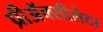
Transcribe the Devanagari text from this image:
प्रीअॅक्सीलेटर